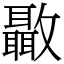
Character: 𣀳